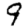
Digit: 9